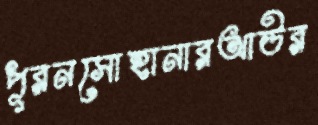
পূরনসোহানারআউর